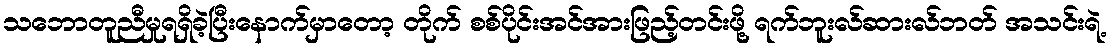
သဘောတူညီမှုရရှိခဲ့ပြီးနောက်မှာတော့ တိုက် စစ်ပိုင်းအင်အားဖြည့်တင်းဖို့ ရက်ဘူးလ်ဆားလ်ဘတ် အသင်းရဲ့